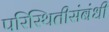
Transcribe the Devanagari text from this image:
परिस्थितीसंबंधी